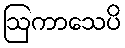
ဩကာသေပိ